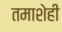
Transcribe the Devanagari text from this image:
तमाशेही